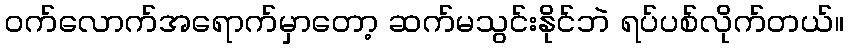
ဝက်လောက်အရောက်မှာတော့ ဆက်မသွင်းနိုင်ဘဲ ရပ်ပစ်လိုက်တယ်။